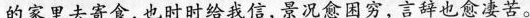
的家里去寄食，也时时给我信,景况愈困穷，言辞也愈凄苦。